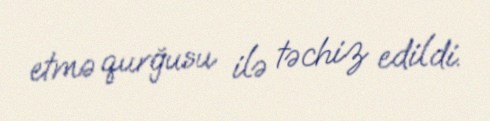
etmə qurğusu ilə təchiz edildi.